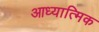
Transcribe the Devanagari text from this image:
आध्‍यात्मिक